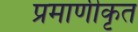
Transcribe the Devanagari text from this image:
प्रमाणीकृत